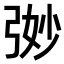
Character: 𭚵